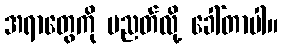
အရာတွေကို ပညတ်လို့ ခေါ်တာပါ။